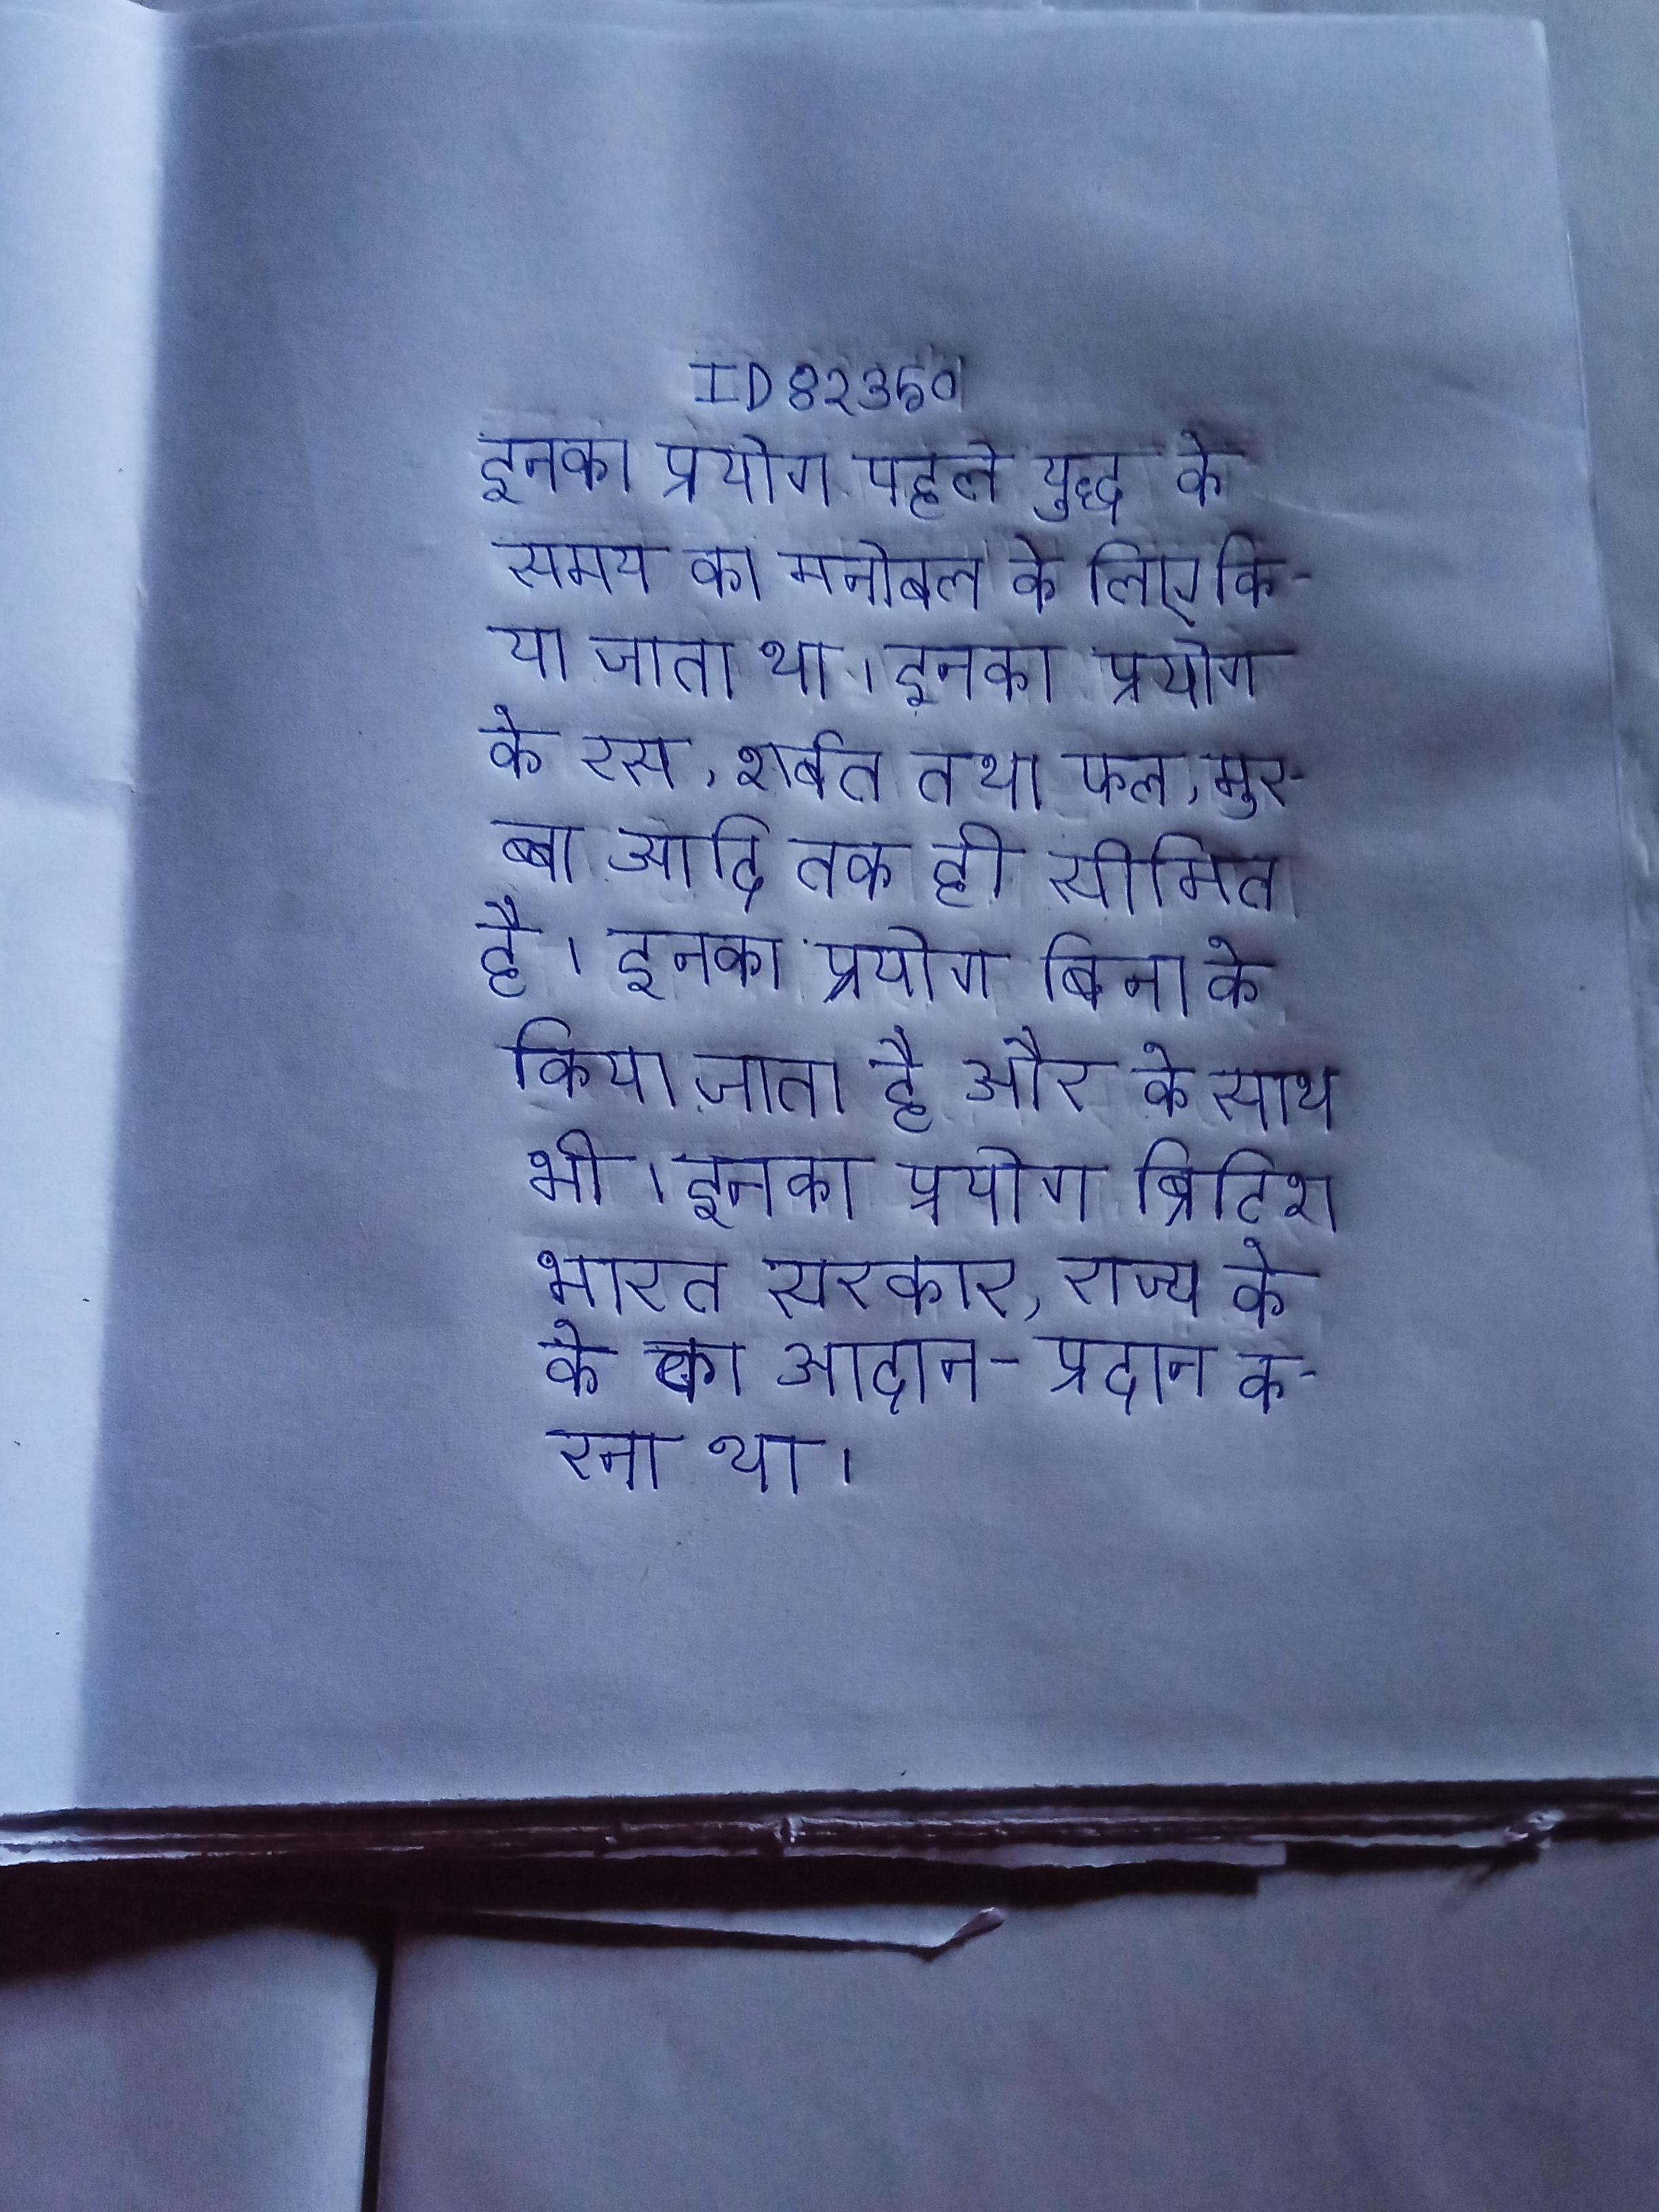
इनका प्रयोग पहले युद्ध के समय का मनोबल के लिए किया जाता था । इनका प्रयोग के रस, शर्बत तथा फल, मुरब्बा आदि तक ही सीमित है । इनका प्रयोग बिना के किया जाता है और के साथ भी । इनका प्रयोग ब्रिटिश भारत सरकार, राज्य के के का आदान- प्रदान करना था ।